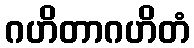
ဂဟိတာဂဟိတံ